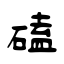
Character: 磕